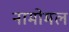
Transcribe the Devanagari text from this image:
नामोमल